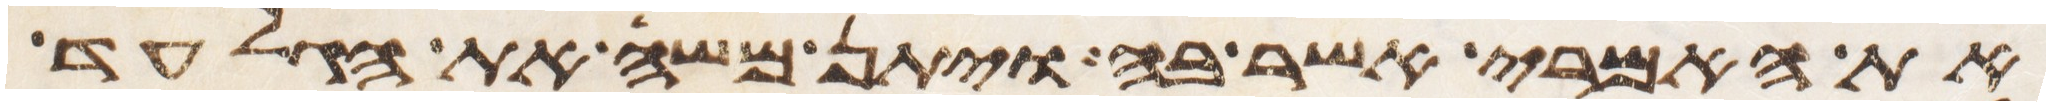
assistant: את האמרי אשר בה ויתן משה את הגלעד